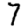
Digit: 7